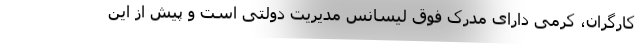
کارگران، کرمی دارای مدرک فوق لیسانس مدیریت دولتی است و پیش از این